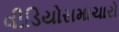
વીડિયોસમાચારો